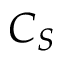
C _ { S }